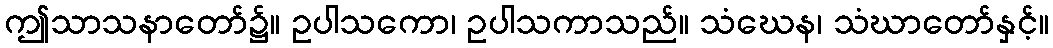
ဤသာသနာတော်၌။ ဥပါသကော၊ ဥပါသကာသည်။ သံဃေန၊ သံဃာတော်နှင့်။